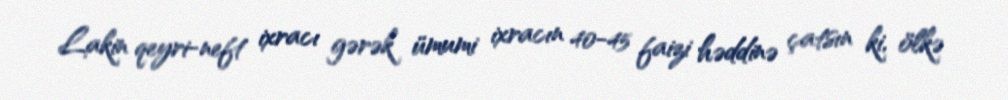
Lakin qeyri-neft ixracı gərək ümumi ixracın 40-45 faizi həddinə çatsın ki, ölkə